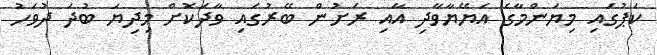
ކަޕުގައި މިޔަންމާގެ އަޔޭޔާވާދި އާއި ރަށުން ބޭރުގައި ވާދަކޮށް މިދިޔަ ބުދަ ދުވަހު